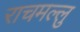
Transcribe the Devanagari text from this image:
राचमल्लु